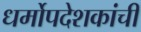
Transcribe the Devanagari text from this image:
धर्मोपदेशकांची